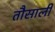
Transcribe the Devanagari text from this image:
तौसाली